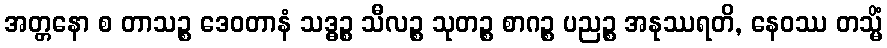
အတ္တနော စ တာသဉ္စ ဒေဝတာနံ သဒ္ဓဉ္စ သီလဉ္စ သုတဉ္စ စာဂဉ္စ ပညဉ္စ အနုဿရတိ, နေဝဿ တသ္မိံ